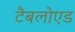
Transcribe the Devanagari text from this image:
टैबलोएड